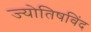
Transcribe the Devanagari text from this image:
ज्योतिषविंद